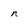
Character: N